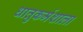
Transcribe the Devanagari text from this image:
धातुकर्मशाला